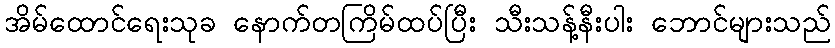
အိမ်ထောင်ရေးသုခ နောက်တကြိမ်ထပ်ပြီး သီးသန့်နီးပါး ဘောင်များသည်